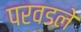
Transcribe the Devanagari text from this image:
परवडले